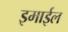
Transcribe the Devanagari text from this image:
इमाईल